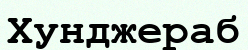
Хунджераб